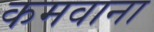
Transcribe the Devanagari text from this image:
कमवाना